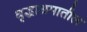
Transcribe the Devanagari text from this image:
वृद्धाश्रमातील